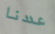
عددنا